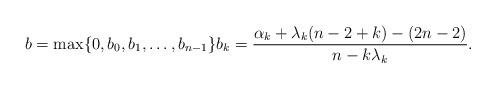
LaTeX: \begin{align*} b = \max\{0,b_0,b_1,\ldots, b_{n-1}\} b_k = \frac{\alpha_k+\lambda_k(n-2+k) - (2n-2)}{n-k\lambda_k}.\end{align*}